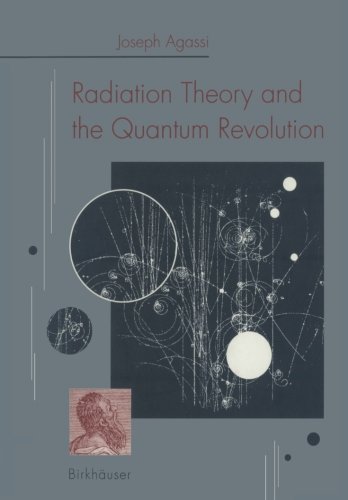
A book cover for Radiation Theory and the Quantum Revolution (German Edition); AGASSI; Science & Math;